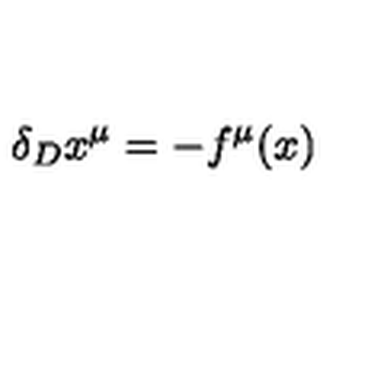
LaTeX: \delta _ { D } x ^ { \mu } = - f ^ { \mu } ( x )